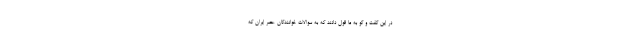
در این گفت و گو به ما قول دادند که به سوالات خوانندگان عصر ایران که